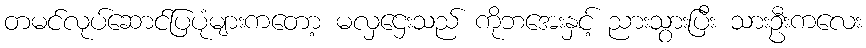
တမင်လုပ်ဆောင်ပြပုံများကတော့ မလှဌေးသည် ကိုဘအေးနှင့် ညားသွားပြီး သားဦးကလေး